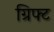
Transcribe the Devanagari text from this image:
ग्रिफ्ट